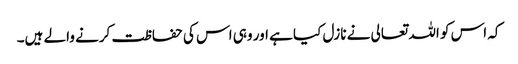
کہ اس کو اللہ تعالی نے نازل کیا ہے اور وہی اس کی حفاظت کرنے والے ہیں۔